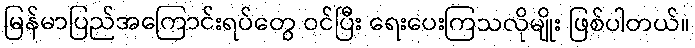
မြန်မာပြည်အကြောင်းရပ်တွေ ဝင်ပြီး ရေးပေးကြသလိုမျိုး ဖြစ်ပါတယ်။